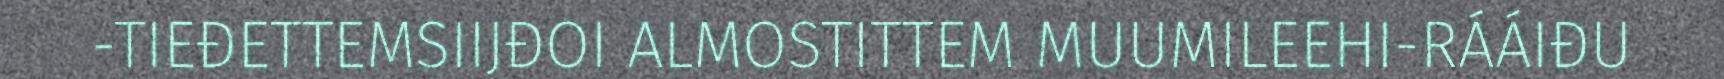
-TIEĐETTEMSIIJĐOI ALMOSTITTEM MUUMILEEHI-RÁÁIĐU